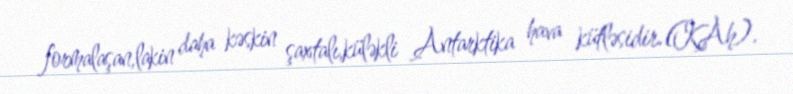
formalaşan,lakin daha kəskin şaxtalı,küləkli Antarktika hava kütləsidir.(KAh).